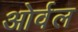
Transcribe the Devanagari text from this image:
ओर्वल